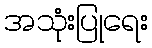
အသုံးပြုရေး